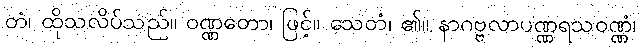
တံ၊ ထိုသလိပ်သည်။ ဝဏ္ဏတော၊ ဖြင့်။ သေတံ၊ ၏။ နာဂဗ္ဗလာပဏ္ဏရသဝဏ္ဏံ၊